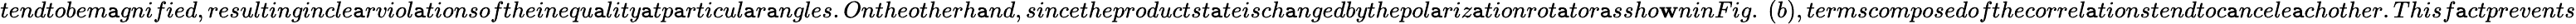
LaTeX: tendtobem\mathtt{a}gnified,resultingincle\mathtt{a}rviol\mathtt{a}tionsoftheinequ\mathtt{a}lity\mathtt{a}tp\mathtt{a}rticul\mathtt{a}r\mathtt{a}ngles.Ontheotherh\mathtt{a}nd,sincetheproductst\mathtt{a}teisch\mathtt{a}ngedbythepol\mathtt{a}riz\mathtt{a}tionrot\mathtt{a}tor\mathtt{a}ssho\mathbf{w}ninFig.~(b),termscomposedofthecorrel\mathtt{a}tionstendtoc\mathtt{a}ncele\mathtt{a}chother.Thisf\mathtt{a}ctprevents